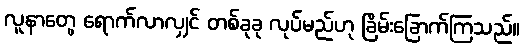
လူနာတွေ ရောက်လာလျှင် တစ်ခုခု လုပ်မည်ဟု ခြိမ်းခြောက်ကြသည်။